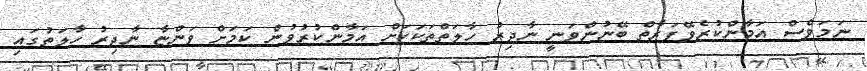
ނަމަވެސް އަމާންކުރެވޭފަރާތް ބޭނުންވަނީ ނާދިރު ހާލަތްތަކަކަށް އަމާންކުރުވުން ކަމަށް ވަންޏާ ނާދިރު ހާލަތުގައި